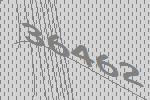
36462